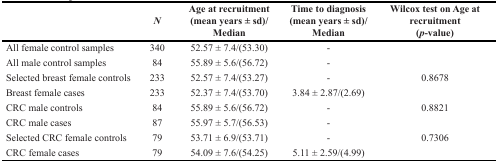
|  | N | Age at recruitment (mean years ± sd)/Median | Time to diagnosis (mean years ± sd)/Median | Wilcox test on Age at recruitment (p-value) |
 | --- | --- | --- | --- | --- |
 | All female control samples | 340 | 52.57 ± 7.4/(53.30) | - |  |
 | All male control samples | 84 | 55.89 ± 5.6/(56.72) | - |  |
 | Selected breast female controls | 233 | 52.57 ± 7.4/(53.27) | - | 0.8678 |
 | Breast female cases | 233 | 52.37 ± 7.4/(53.70) | 3.84 ± 2.87/(2.69) |  |
 | CRC male controls | 84 | 55.89 ± 5.6/(56.72) | - | 0.8821 |
 | CRC male cases | 87 | 55.97 ± 5.7/(56.53) | - |  |
 | Selected CRC female controls | 79 | 53.71 ± 6.9/(53.71) | - | 0.7306 |
 | CRC female cases | 79 | 54.09 ± 7.6/(54.25) | 5.11 ± 2.59/(4.99) |  |